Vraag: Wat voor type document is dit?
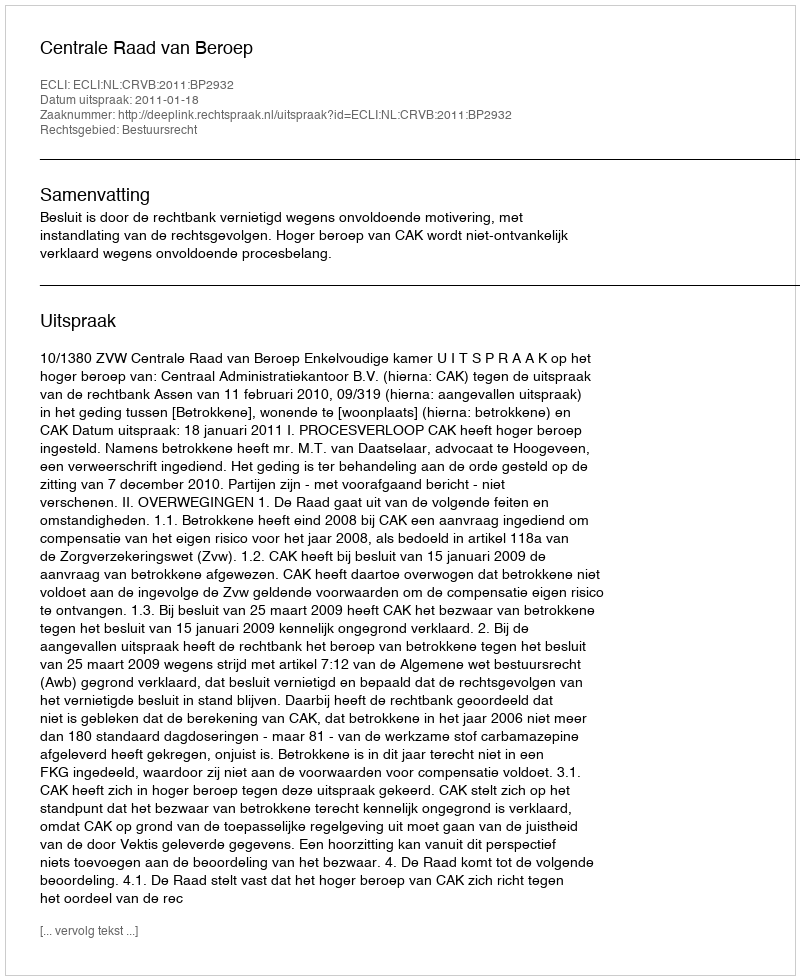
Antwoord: Uitspraak